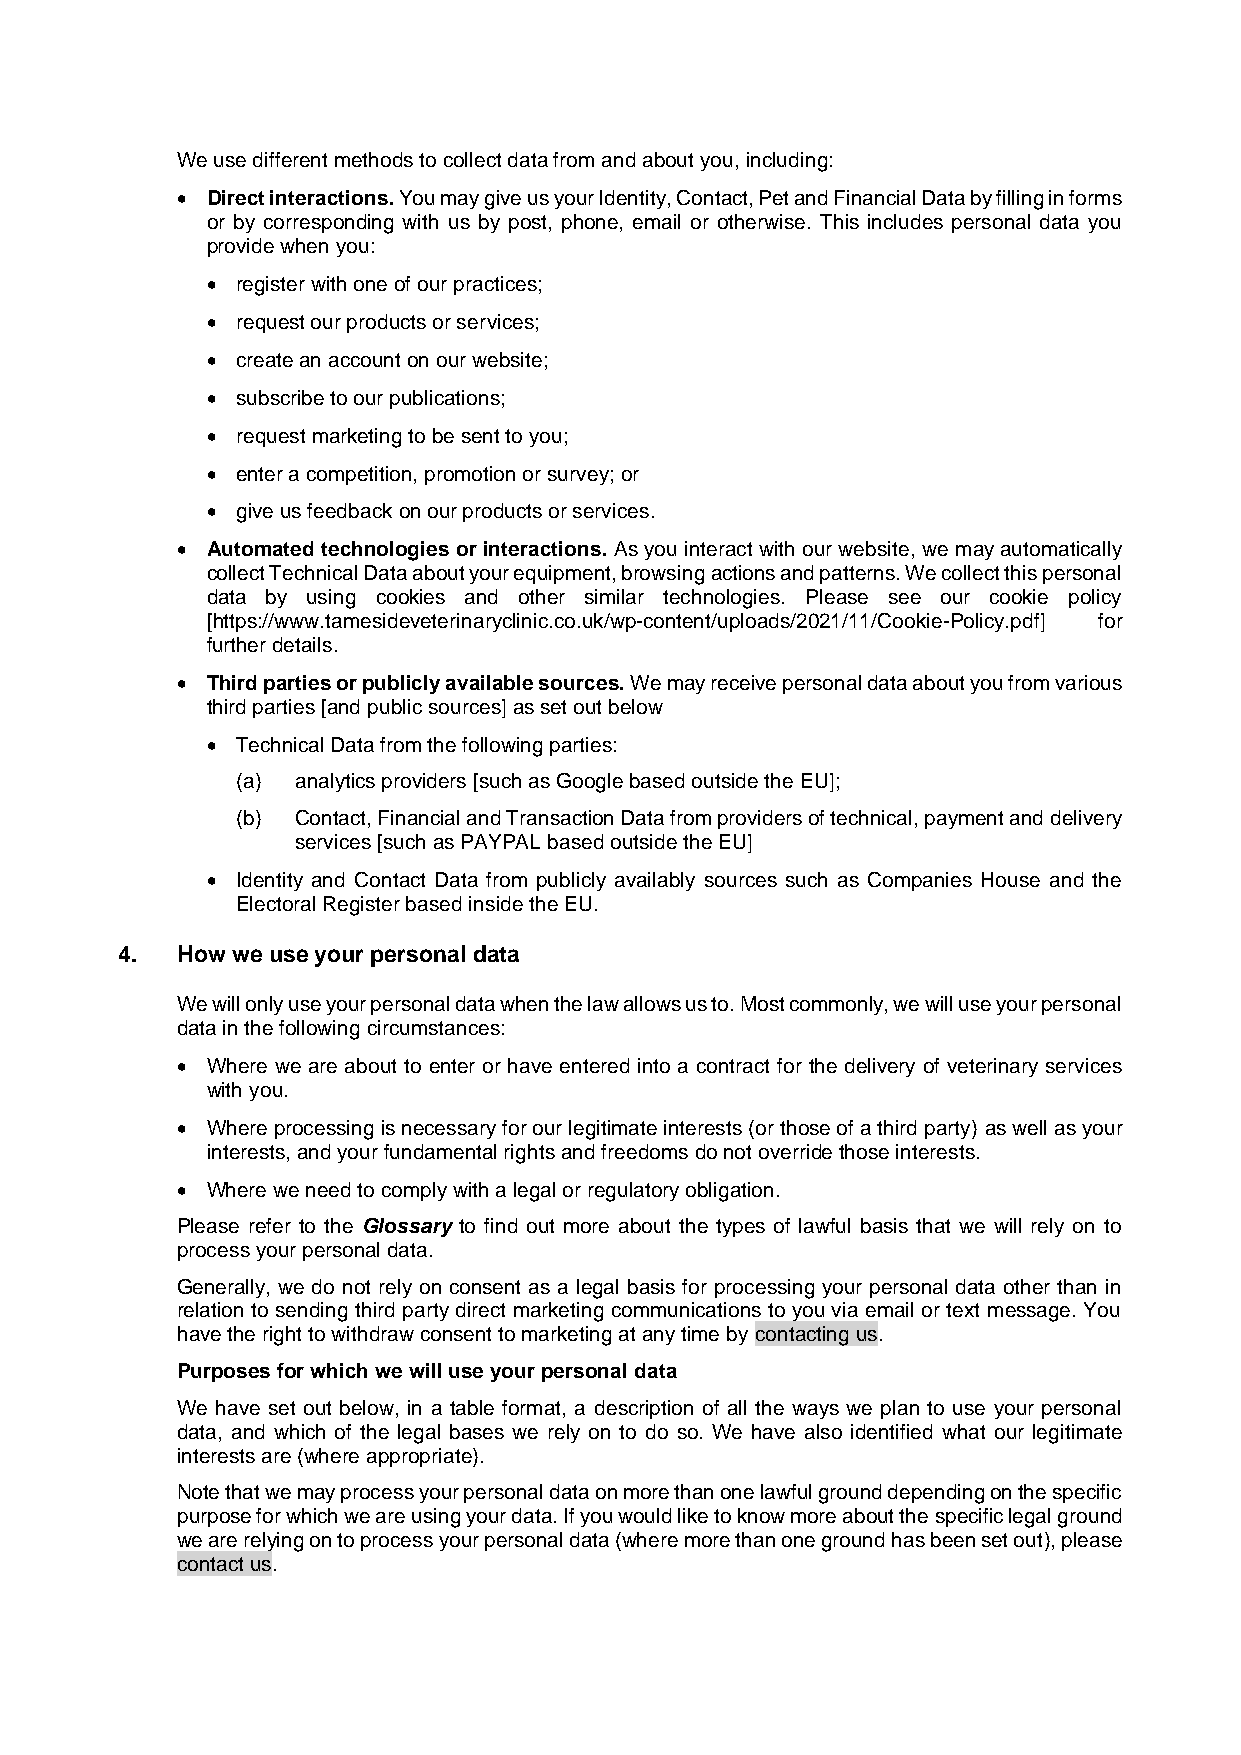
We use different methods to collect data from and about you, including:
 • Direct interactions. You may give us your Identity, Contact, Pet and Financial Data by filling in forms
 or by corresponding with us by post, phone, email or otherwise. This includes personal data you
 provide when you:
 • register with one of our practices;
 • request our products or services;
 • create an account on our website;
 • subscribe to our publications;
 • request marketing to be sent to you;
 • enter a competition, promotion or survey; or
 • give us feedback on our products or services.
 • Automated technologies or interactions. As you interact with our website, we may automatically
 collect Technical Data about your equipment, browsing actions and patterns. We collect this personal
 data by using cookies and other similar technologies. Please see our cookie policy
 [https://www.tamesideveterinaryclinic.co.uk/wp-content/uploads/2021/11/Cookie-Policy.pdf] for
 further details.
 • Third parties or publicly available sources. We may receive personal data about you from various
 third parties [and public sources] as set out below
 • Technical Data from the following parties:
 (a) analytics providers [such as Google based outside the EU];
 (b) Contact, Financial and Transaction Data from providers of technical, payment and delivery
 services [such as PAYPAL based outside the EU]
 • Identity and Contact Data from publicly availably sources such as Companies House and the
 Electoral Register based inside the EU.
 4.  How we use your personal data
 We will only use your personal data when the law allows us to. Most commonly, we will use your personal
 data in the following circumstances:
 • Where we are about to enter or have entered into a contract for the delivery of veterinary services
 with you.
 • Where processing is necessary for our legitimate interests (or those of a third party) as well as your
 interests, and your fundamental rights and freedoms do not override those interests.
 • Where we need to comply with a legal or regulatory obligation.
 Please refer to the Glossary to find out more about the types of lawful basis that we will rely on to
 process your personal data.
 Generally, we do not rely on consent as a legal basis for processing your personal data other than in
 relation to sending third party direct marketing communications to you via email or text message. You
 have the right to withdraw consent to marketing at any time by contacting us.
 Purposes for which we will use your personal data
 We have set out below, in a table format, a description of all the ways we plan to use your personal
 data, and which of the legal bases we rely on to do so. We have also identified what our legitimate
 interests are (where appropriate).
 Note that we may process your personal data on more than one lawful ground depending on the specific
 purpose for which we are using your data. If you would like to know more about the specific legal ground
 we are relying on to process your personal data (where more than one ground has been set out), please
 contact us.